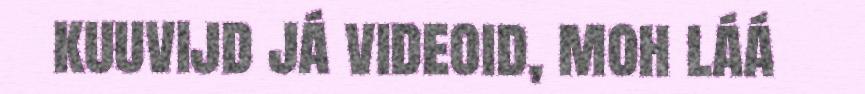
kuuvijd já videoid, moh láá